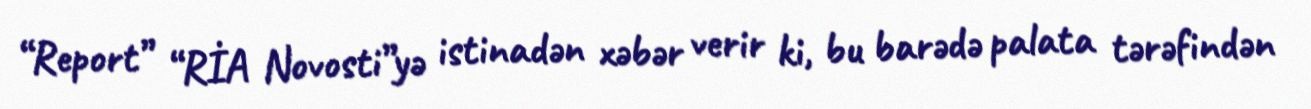
“Report” “RİA Novosti”yə istinadən xəbər verir ki, bu barədə palata tərəfindən